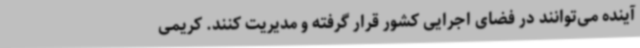
آینده می‌توانند در فضای اجرایی کشور قرار گرفته و مدیریت کنند. کریمی